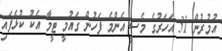
އުމުރުން 31 އަހަރުގެ މެސީ އެންމެ ފަހުން ގައުމީ ޓީމާ އެކު ކުޅެފައި